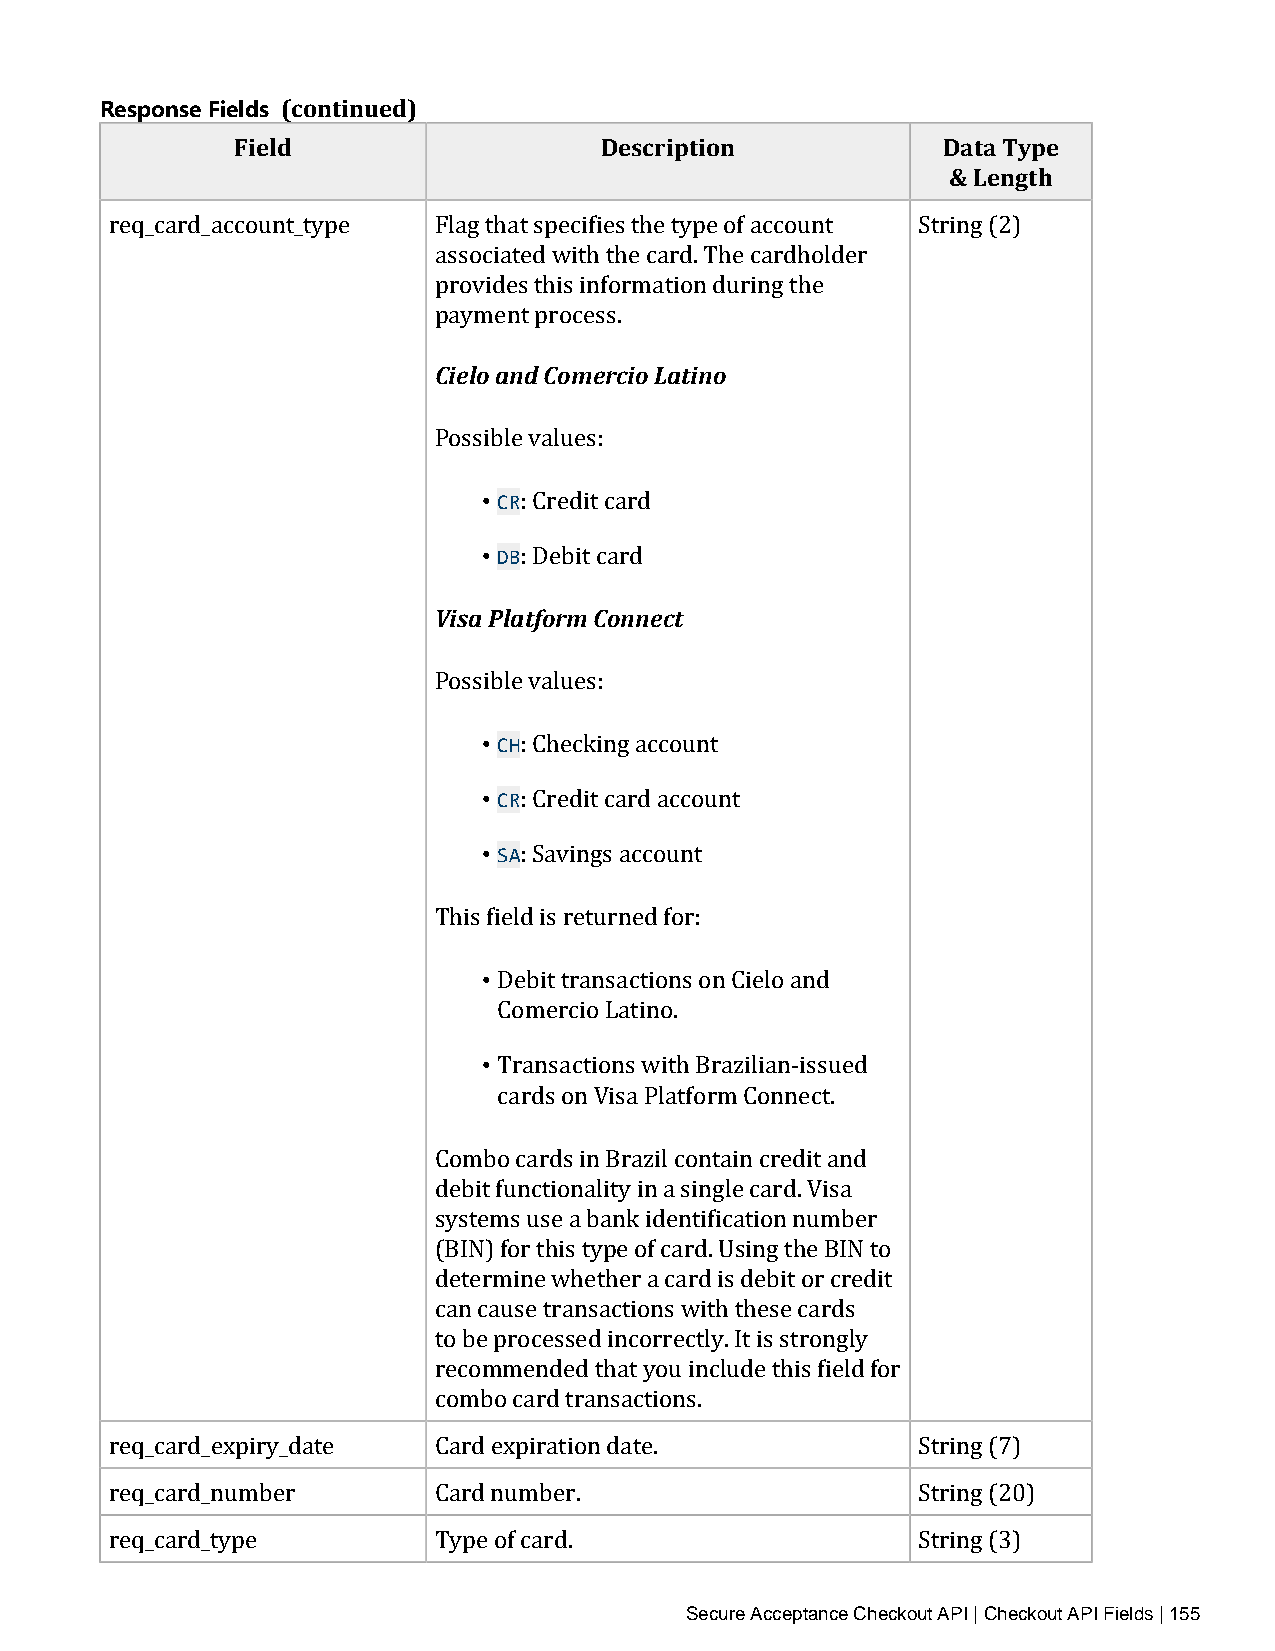
Response Fields (continued)
 Field                   Description           Data Type
 & Length
 req_card_account_type Flag that specifies the type of account String (2)
 associated with the card. The cardholder
 provides this information during the
 payment process.
 Cielo and Comercio Latino
 Possible values:
 • CR
 • DB: Credit card
 : Debit card
 Visa Platform Connect
 Possible values:
 • CH
 • CR: Checking account
 • SA: Credit card account
 : Savings account
 This field is returned for:
 •
 Debit transactions on Cielo and
 • Comercio Latino.
 Transactions with Brazilian‑issued
 cards on Visa Platform Connect.
 Combo cards in Brazil contain credit and
 debit functionality in a single card. Visa
 systems use a bank identification number
 (BIN) for this type of card. Using the BIN to
 determine whether a card is debit or credit
 can cause transactions with these cards
 to be processed incorrectly. It is strongly
 recommended that you include this field for
 combo card transactions.
 req_card_expiry_date  Card expiration date.           String (7)
 req_card_number       Card number.                    String (20)
 req_card_type         Type of card.                   String (3)
 Secure Acceptance Checkout API | Checkout API Fields | 155